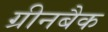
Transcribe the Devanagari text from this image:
ग्रीनबैक